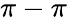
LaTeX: \pi-\pi